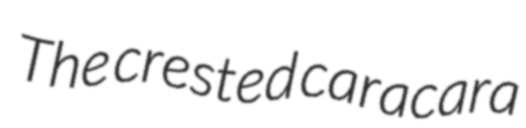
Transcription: The crested caracara